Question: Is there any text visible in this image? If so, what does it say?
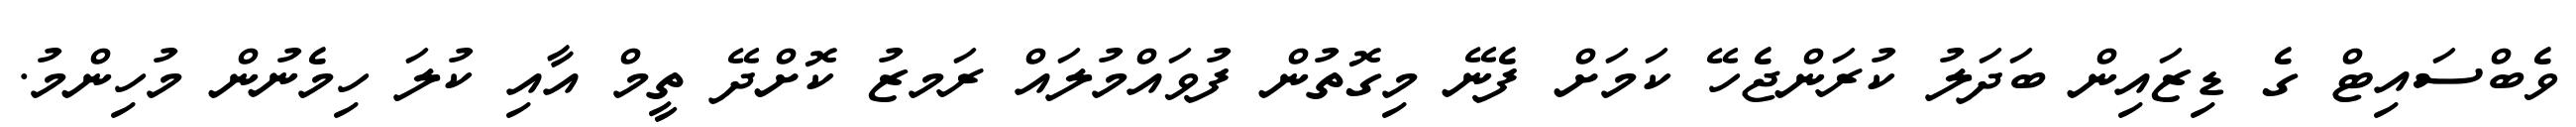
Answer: ވެބްސައިޓް ގެ ޑިޒައިން ބަދަލު ކުރަންޖެހޭ ކަމަށް ފެނޭ މިގޮތުން ފުވައްމުލައް ރަމޒު ކޮށްދޭ ތީމް އާއި ކުލަ ހިމެނުން މުހިންމު.